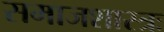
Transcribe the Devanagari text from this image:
समाजशास्त्रः